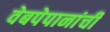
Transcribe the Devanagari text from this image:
वेबपेपानांची